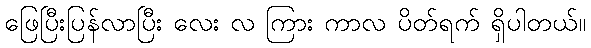
ဖြေပြီးပြန်လာပြီး လေး လ ကြား ကာလ ပိတ်ရက် ရှိပါတယ်။